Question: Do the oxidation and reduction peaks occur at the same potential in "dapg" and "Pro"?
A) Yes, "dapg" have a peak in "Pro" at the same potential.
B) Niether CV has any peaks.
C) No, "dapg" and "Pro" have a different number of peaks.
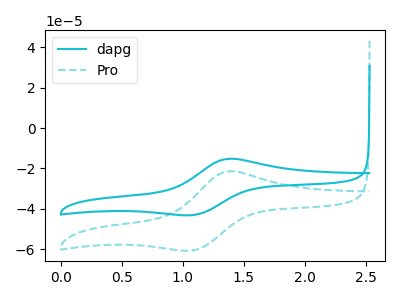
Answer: <think>The cyan curve "dapg" has an anodic peak at (1.40V, -15.25uA) and a cathodic peak at (1.10V, -43.10uA). The cyan dashed curve "Pro" has an anodic peak at (1.40V, -21.45uA) and a cathodic peak at (1.10V, -60.55uA).</think>
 <answer>A) Yes, "dapg" have a peak in "Pro" at the same potential.</answer>
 <eval>A</eval>